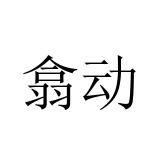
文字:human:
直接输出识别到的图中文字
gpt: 翕动